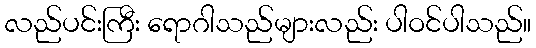
လည်ပင်းကြီး ရောဂါသည်များလည်း ပါဝင်ပါသည်။